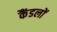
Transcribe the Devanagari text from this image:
कैंडलों